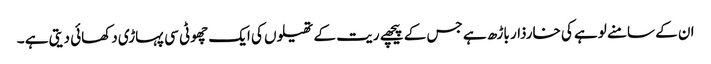
ان کے سامنے لوہے کی خارذار باڑھ ہے جس کے پیچھے ریت کے تھیلوں کی ایک چھوٹی سی پہاڑی دکھائی دیتی ہے ۔